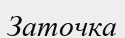
Заточка